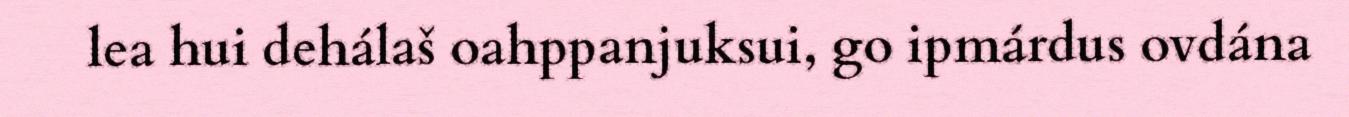
lea hui dehálaš oahppanjuksui, go ipmárdus ovdána